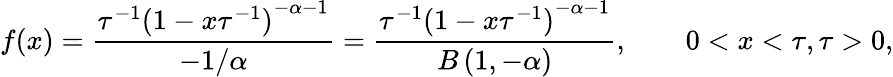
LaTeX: f(x)=\frac{\tau^{-1}{(1-x\tau^{-1})}^{-\alpha-1}}{-1/\alpha}=\frac{\tau^{-1}{(1-x\tau^{-1})}^{-\alpha-1}}{B\left(1,-\alpha\right)},\qquad 0<x<\tau,\tau>0,